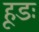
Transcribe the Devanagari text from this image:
हूडः